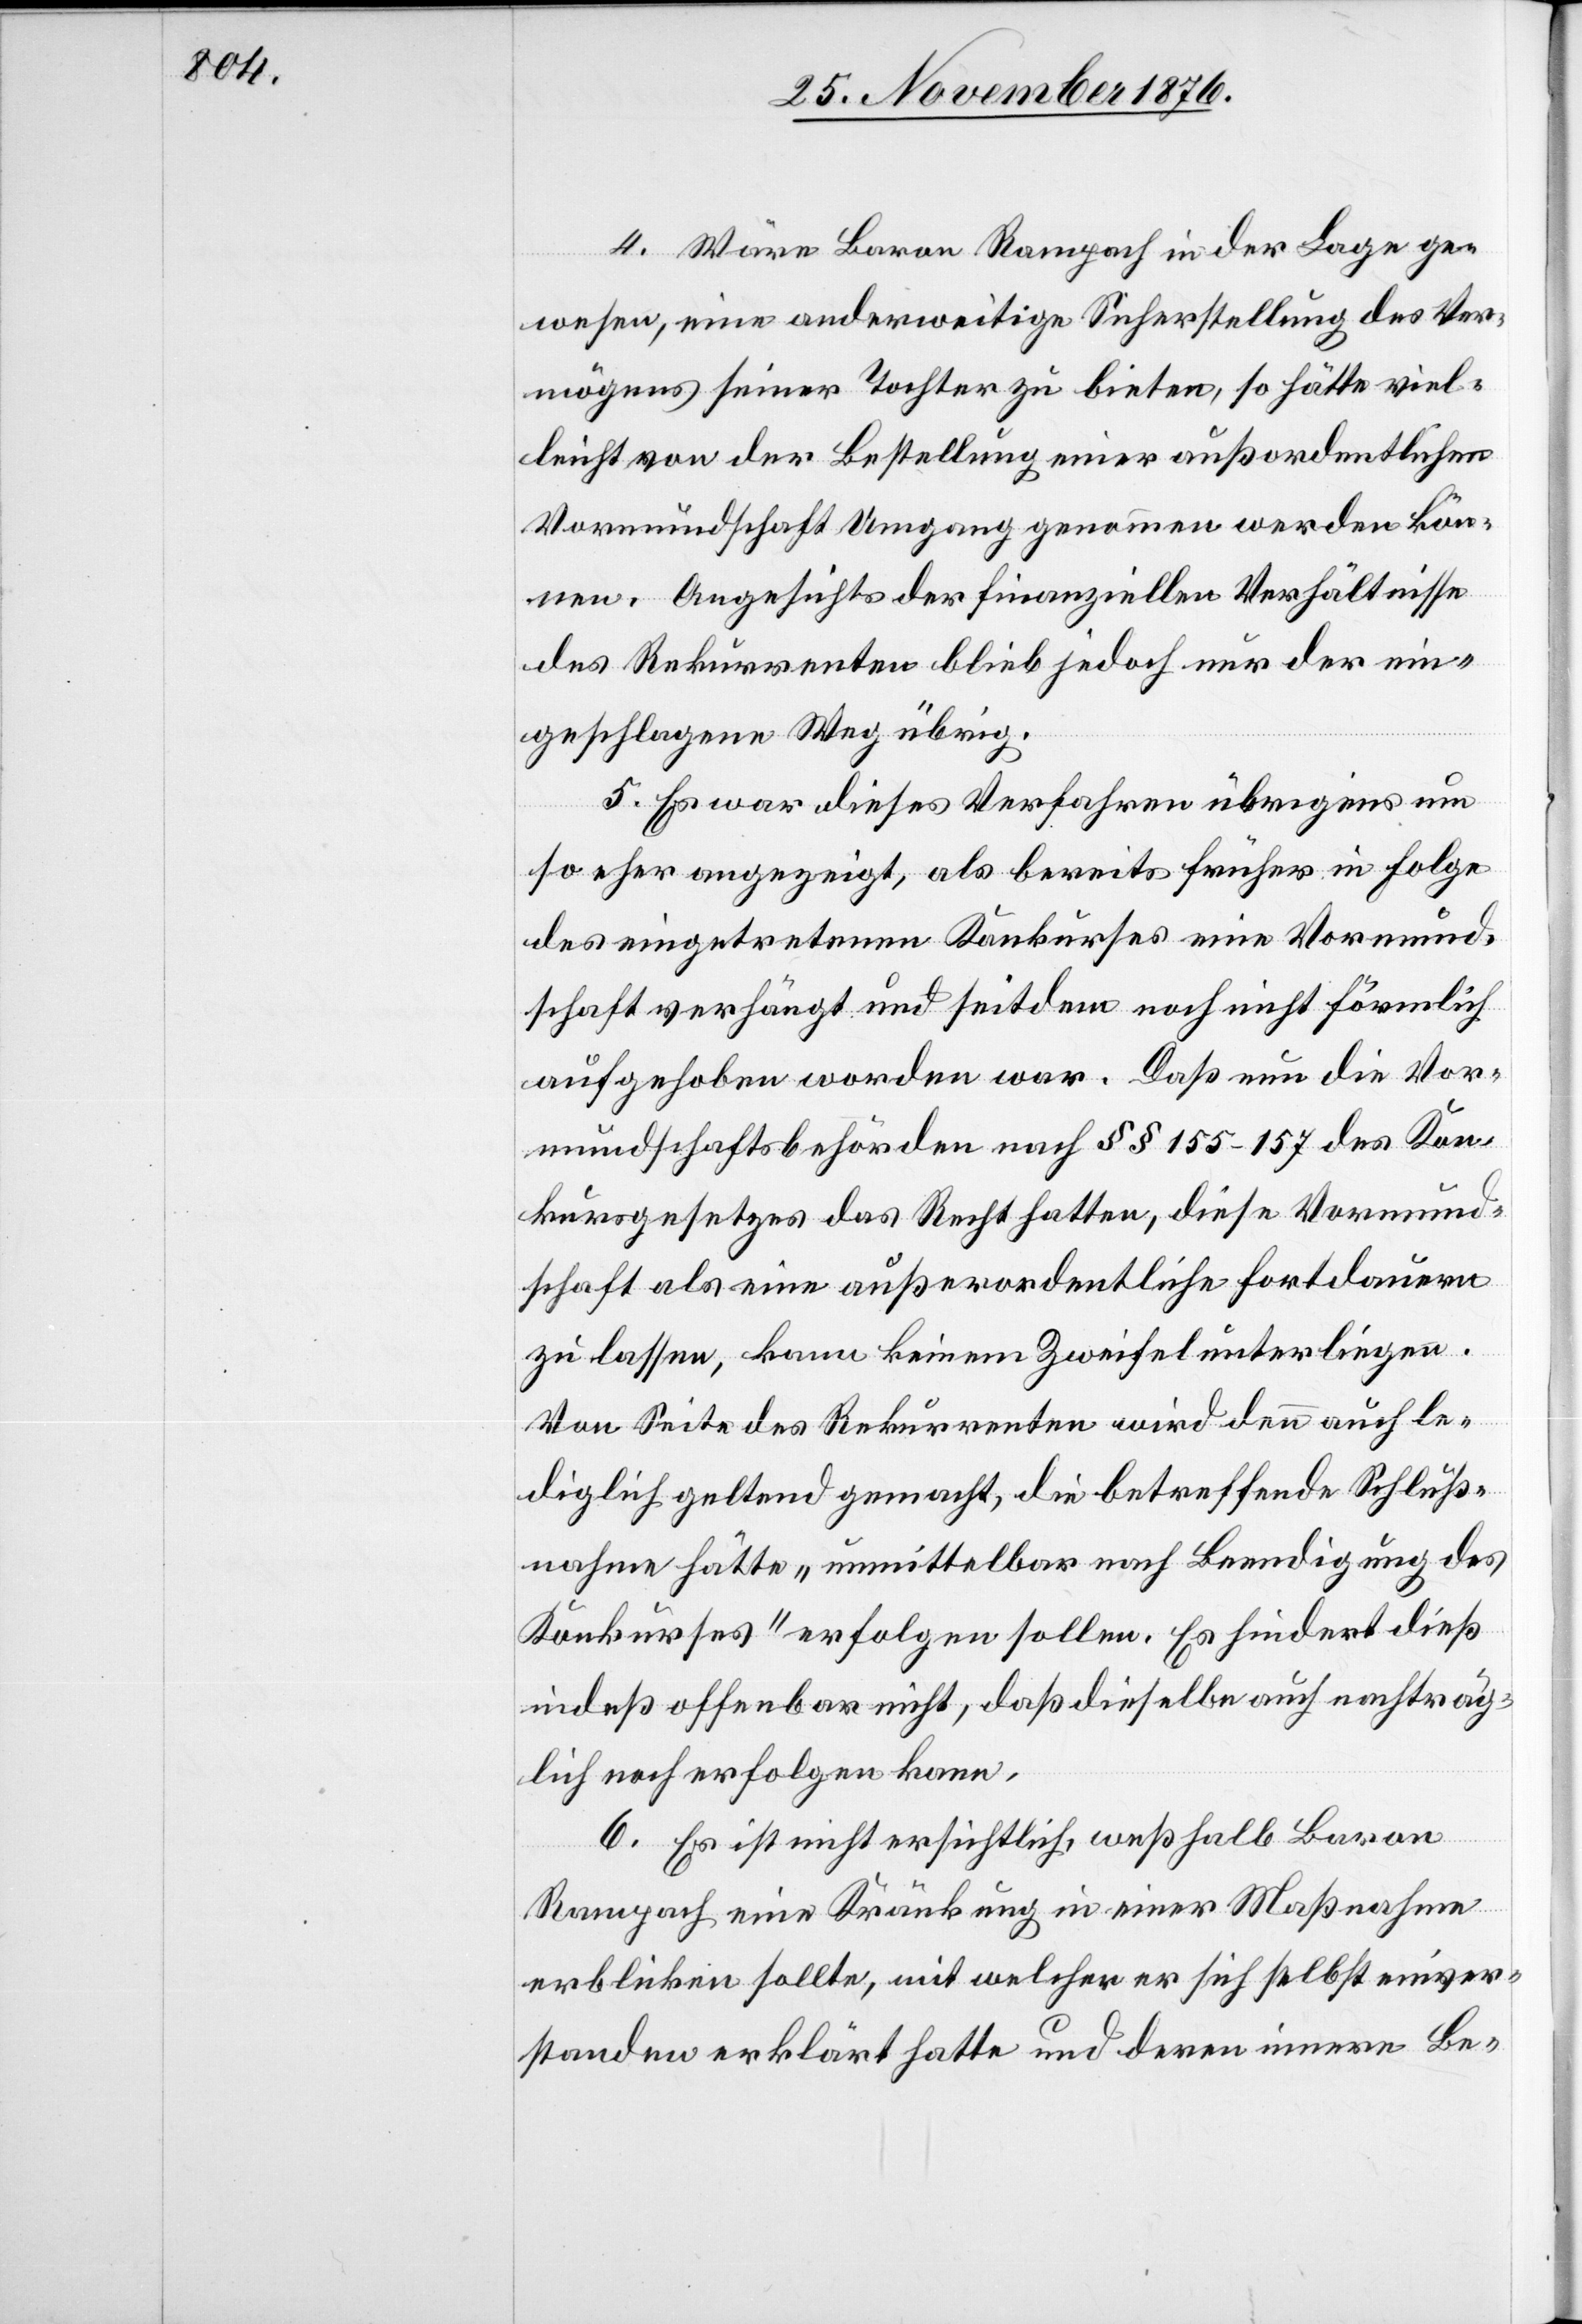
4. Wäre Baron Rampach in der Lage ge¬
wesen, eine anderweitige Sicherstellung des Ver¬
mögens seiner Tochter zu bieten, so hätte viel¬
leicht von der Bestellung einer außerordentlichen
Vormundschaft Umgang genommen werden kön¬
nen. Angesichts der finanziellen Verhältnisse
des Rekurrenten blieb jedoch nur der ein¬
geschlagene Weg übrig.
5. Es war dieses Verfahren übrigens um
so eher angezeigt, als bereits früher in Folge
des eingetretenen Konkurses eine Vormund¬
schaft verhängt und seitdem noch nicht förmlich
aufgehoben worden war. Daß nun die Vor¬
mundschaftsbehörden nach §§ 155–157 des Kon¬
kursgesetzes das Recht hatten, diese Vormund¬
schaft als eine außerordentliche fortdauern
zu lassen, kann keinem Zweifel unterliegen.
Von Seite des Rekurrenten wird dann auch le¬
diglich geltend gemacht, die betreffende Schluß¬
nahme hätte „unmittelbar nach Beendigung des
Konkurses“ erfolgen sollen. Es hindert dieß
indeß offenbar nicht, daß dieselbe auch nachträg¬
lich noch erfolgen kann.
6. Es ist nicht ersichtlich, weßhalb Baron
Rampach eine Kränkung in einer Maßnahme
erblicken sollte, mit welcher er sich selbst einver¬
standen erklärt hatte und deren innere Be-